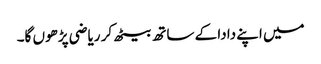
میں اپنے دادا کے ساتھ بیٹھ کر ریاضی پڑھوں گا۔